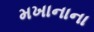
મખાનાના